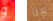
و من